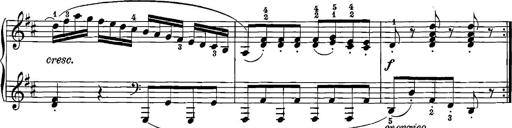
Title: 12 Sonatinas
Composer: Ignaz Pleyel